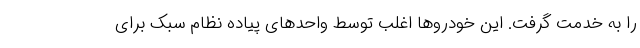
را به خدمت گرفت. این خودروها اغلب توسط واحدهای پیاده نظام سبک برای